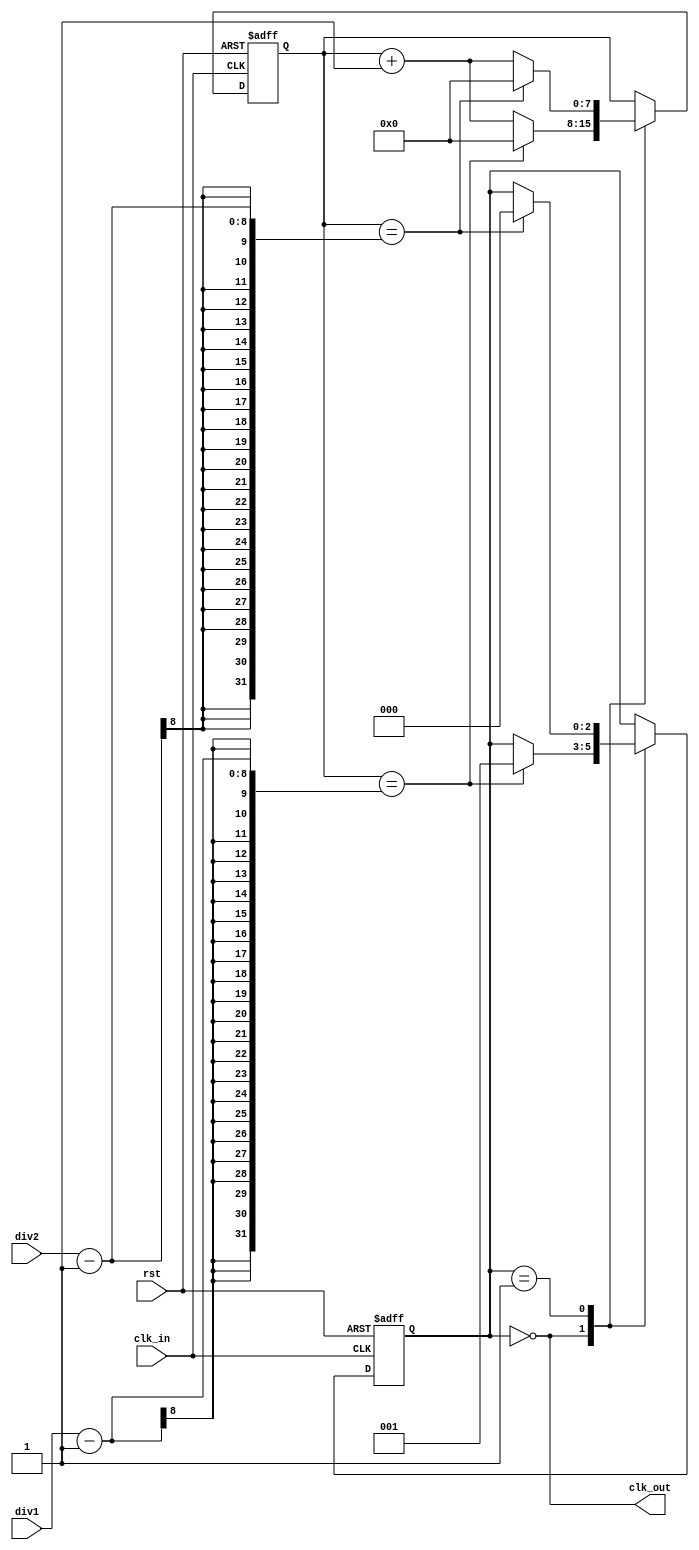
module dual_modulus_clock_divider (
    input wire clk_in,
    output wire clk_out,
    input wire rst,
    input wire [7:0] div1,
    input wire [7:0] div2
);

reg [7:0] count;
reg [2:0] state;

always @(posedge clk_in or posedge rst) begin
    if (rst) begin
        count <= 8'h00;
        state <= 3'b000;
    end else begin
        case (state)
            3'b000: begin
                if (count == div1 - 1) begin
                    count <= 8'h00;
                    state <= 3'b001;
                end else begin
                    count <= count + 1;
                end
            end
            3'b001: begin
                if (count == div2 - 1) begin
                    count <= 8'h00;
                    state <= 3'b000;
                end else begin
                    count <= count + 1;
                end
            end
        endcase
    end
end

assign clk_out = (state == 3'b000);

endmodule